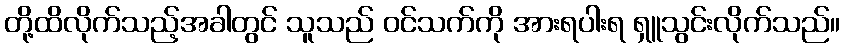
တို့ထိလိုက်သည့်အခါတွင် သူသည် ဝင်သက်ကို အားရပါးရ ရှူသွင်းလိုက်သည်။